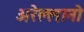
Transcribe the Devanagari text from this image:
अरेल्लानो